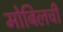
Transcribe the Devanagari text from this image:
मोबिलची